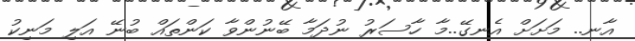
އާނ.. މަށަށް އެނގޭ..މާ ހާސަރު ނުދަމާ ބޭނުންވާ ކަންތައް ބުނޭ އަލި މަނިކު